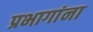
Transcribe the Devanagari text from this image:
प्रभागांना